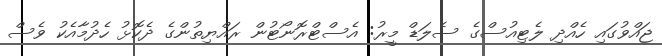
ޖައްވުގައި ހެއްދި ލެޓިއުސްގެ ސެލަޑް މީރު: އެސްޓްރޮނޯޓުން ރައްޔިތުންގެ ދެކޮޅު ހެދުމާއެކު ވެސް